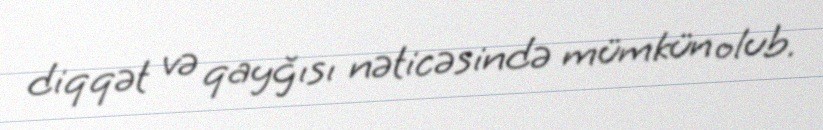
diqqət və qayğısı nəticəsində mümkün olub.